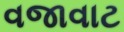
વજાવાટ